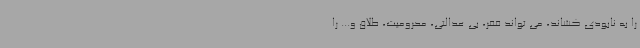
را به نابودی کشاند، می تواند فقر، بی عدالتی، محرومیت، طلاق و... را